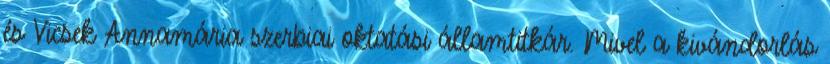
és Vicsek Annamária szerbiai oktatási államtitkár. Mivel a kivándorlás